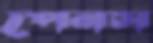
পেনস